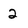
Character: 2